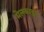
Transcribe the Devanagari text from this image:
मेलकाइट